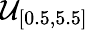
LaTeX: \mathcal{U}_{[0.5,5.5]}